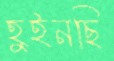
হুইনছি